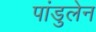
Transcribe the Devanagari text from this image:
पांडुलेन